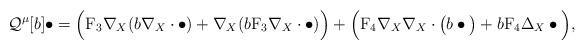
LaTeX: \begin{align*} \mathcal{Q}^{\mu}[b]\bullet = \Big(\mathrm{F}_3\nabla_X(b\nabla_X\cdot\bullet) + \nabla_X(b\mathrm{F}_3\nabla_X\cdot\bullet)\Big) + \Big(\mathrm{F}_4\nabla_X\nabla_X\cdot\big(b\bullet\big) + b \mathrm{F}_4\Delta_X\bullet\Big), \end{align*}